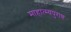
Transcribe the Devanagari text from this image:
माहात्म्यपुराण